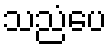
သညံပေ